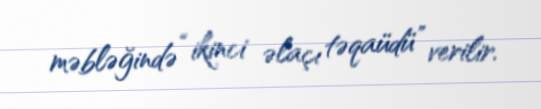
məbləğində “ikinci əlaçı təqaüdü” verilir.